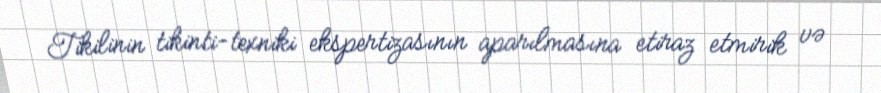
Tikilinin tikinti-texniki ekspertizasının aparılmasına etiraz etmirik və